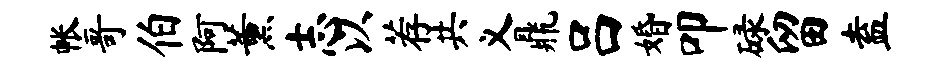
帐哥伯阿薰志以荐共义鼎吕婚叩碌留盍